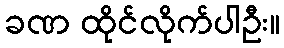
ခဏ ထိုင်လိုက်ပါဦး။